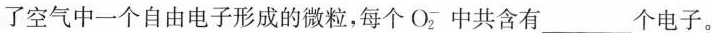
了空气中一个自由电子形成的微粒，每个Oz中共含有___个电子。